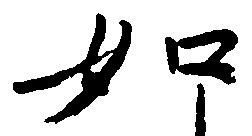
如